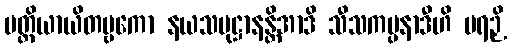
ပတ္တိယာယိတဗ္ဗကော နယသမုဋ္ဌာနန္တိအာဒိ သီသကမ္ပနာဒီဟိ ပရဉှိ